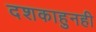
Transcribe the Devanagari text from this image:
दशकाहुनही